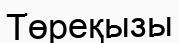
Төреқызы